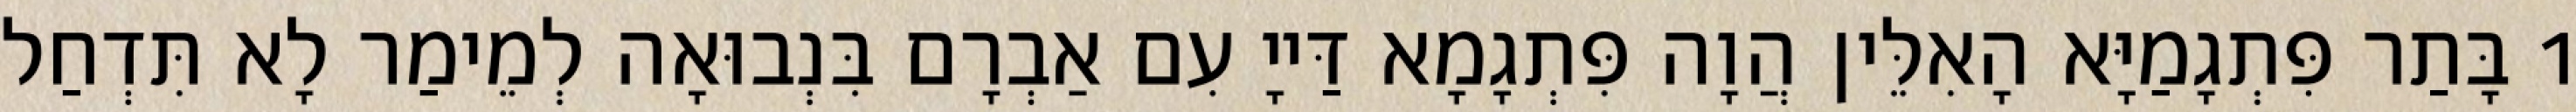
1 בָּתַר פִּתְגָמַיָּא הָאִלֵּין הֲוָה פִּתְגָמָא דַּייָ עִם אַבְרָם בִּנְבוּאָה לְמֵימַר לָא תִּדְחַל